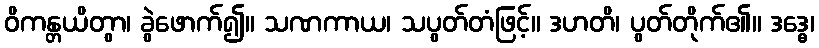
ဝိကန္တယိတွာ၊ ခွဲဖောက်၍။ သဏကာယ၊ သပွတ်တံဖြင့်။ ဒဟတိ၊ ပွတ်တိုက်၏။ ဒဒ္ဓေ၊